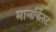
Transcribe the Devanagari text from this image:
मानर्किस्ट